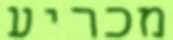
מכריע